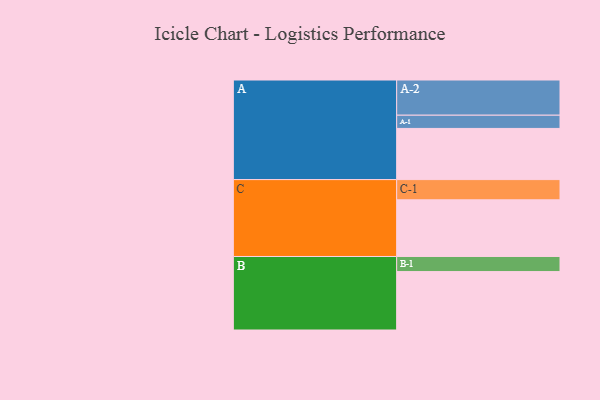
{"axis": {"x": "Segment", "y": "Value"}, "legend": ["", "A", "B", "C"], "data": [{"x": "A", "y": 410, "type": ""}, {"x": "B", "y": 468, "type": ""}, {"x": "C", "y": 454, "type": ""}, {"x": "A-1", "y": 106, "type": "A"}, {"x": "A-2", "y": 282, "type": "A"}, {"x": "B-1", "y": 121, "type": "B"}, {"x": "C-1", "y": 162, "type": "C"}]}